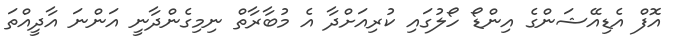
އޮފް އެޑިއޭޝަންގެ އިންޑޯ ހޯލުގައި ކުރިއަށްދާ އެ މުބާރާތް ނިމިގެންދާނީ އަންނަ އާދީއްތަ